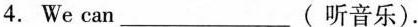
4.We can___( 听音乐).